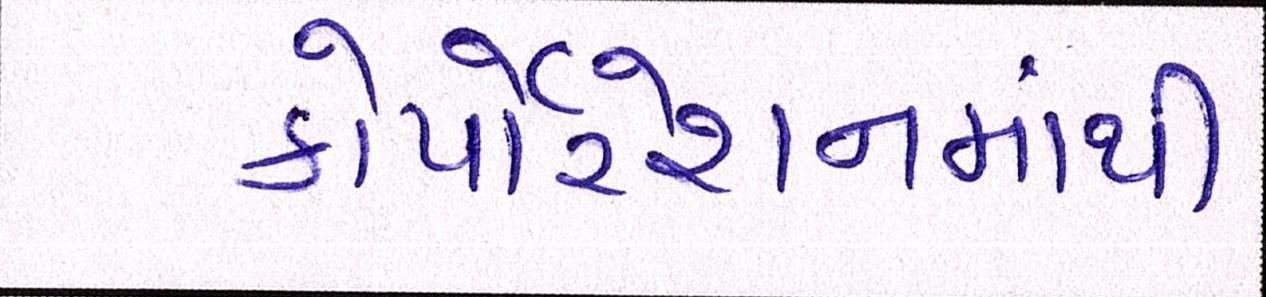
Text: કોર્પોરેશનમાંથી